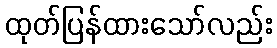
ထုတ်ပြန်ထားသော်လည်း